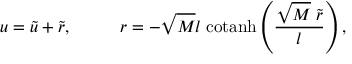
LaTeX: u = \tilde { u } + \tilde { r } , \; \; \; \; \; \; \; \; \; \; r = - \sqrt { M } l \; \mathrm { c o t a n h } \left( \frac { \sqrt { M } \; \tilde { r } } { l } \right) ,